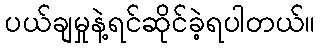
ပယ်ချမှုနဲ့ရင်ဆိုင်ခဲ့ရပါတယ်။